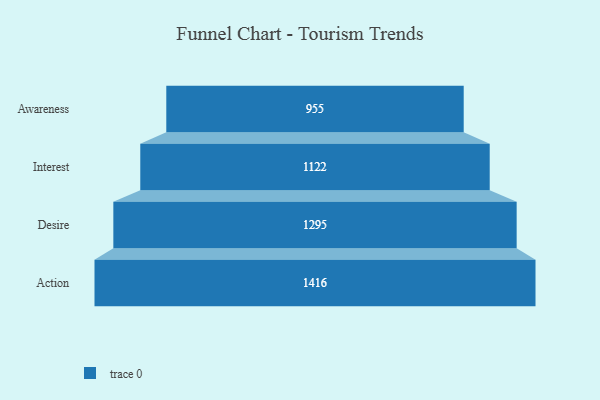
{"axis": {"x": "Stage", "y": "Value"}, "legend": [""], "data": [{"x": "Awareness", "y": 955.0, "type": ""}, {"x": "Interest", "y": 1122.0, "type": ""}, {"x": "Desire", "y": 1295.0, "type": ""}, {"x": "Action", "y": 1416.0, "type": ""}]}